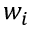
w _ { i }